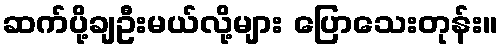
ဆက်ပို့ချဦးမယ်လို့များ ပြောသေးတုန်း။